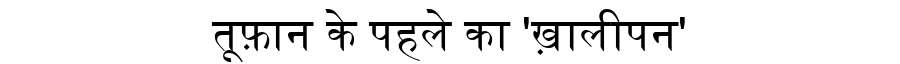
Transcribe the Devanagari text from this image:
तूफ़ान के पहले का 'ख़ालीपन'